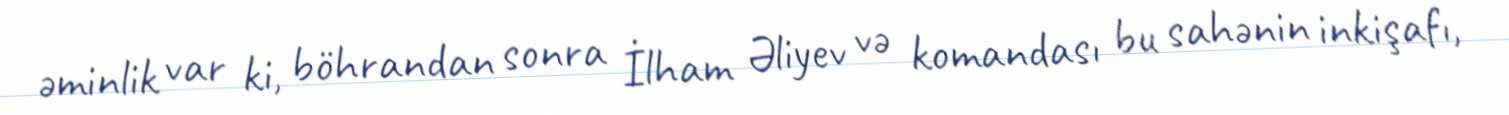
əminlik var ki, böhrandan sonra İlham Əliyev və komandası bu sahənin inkişafı,